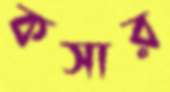
কসার